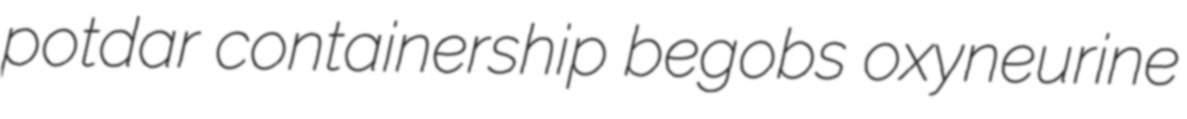
potdar containership begobs oxyneurine